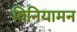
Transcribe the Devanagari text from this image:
विनियामन